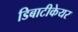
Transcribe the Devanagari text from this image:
डिबाटीकेयर